Vaabina_vallavalitsus, lk 133
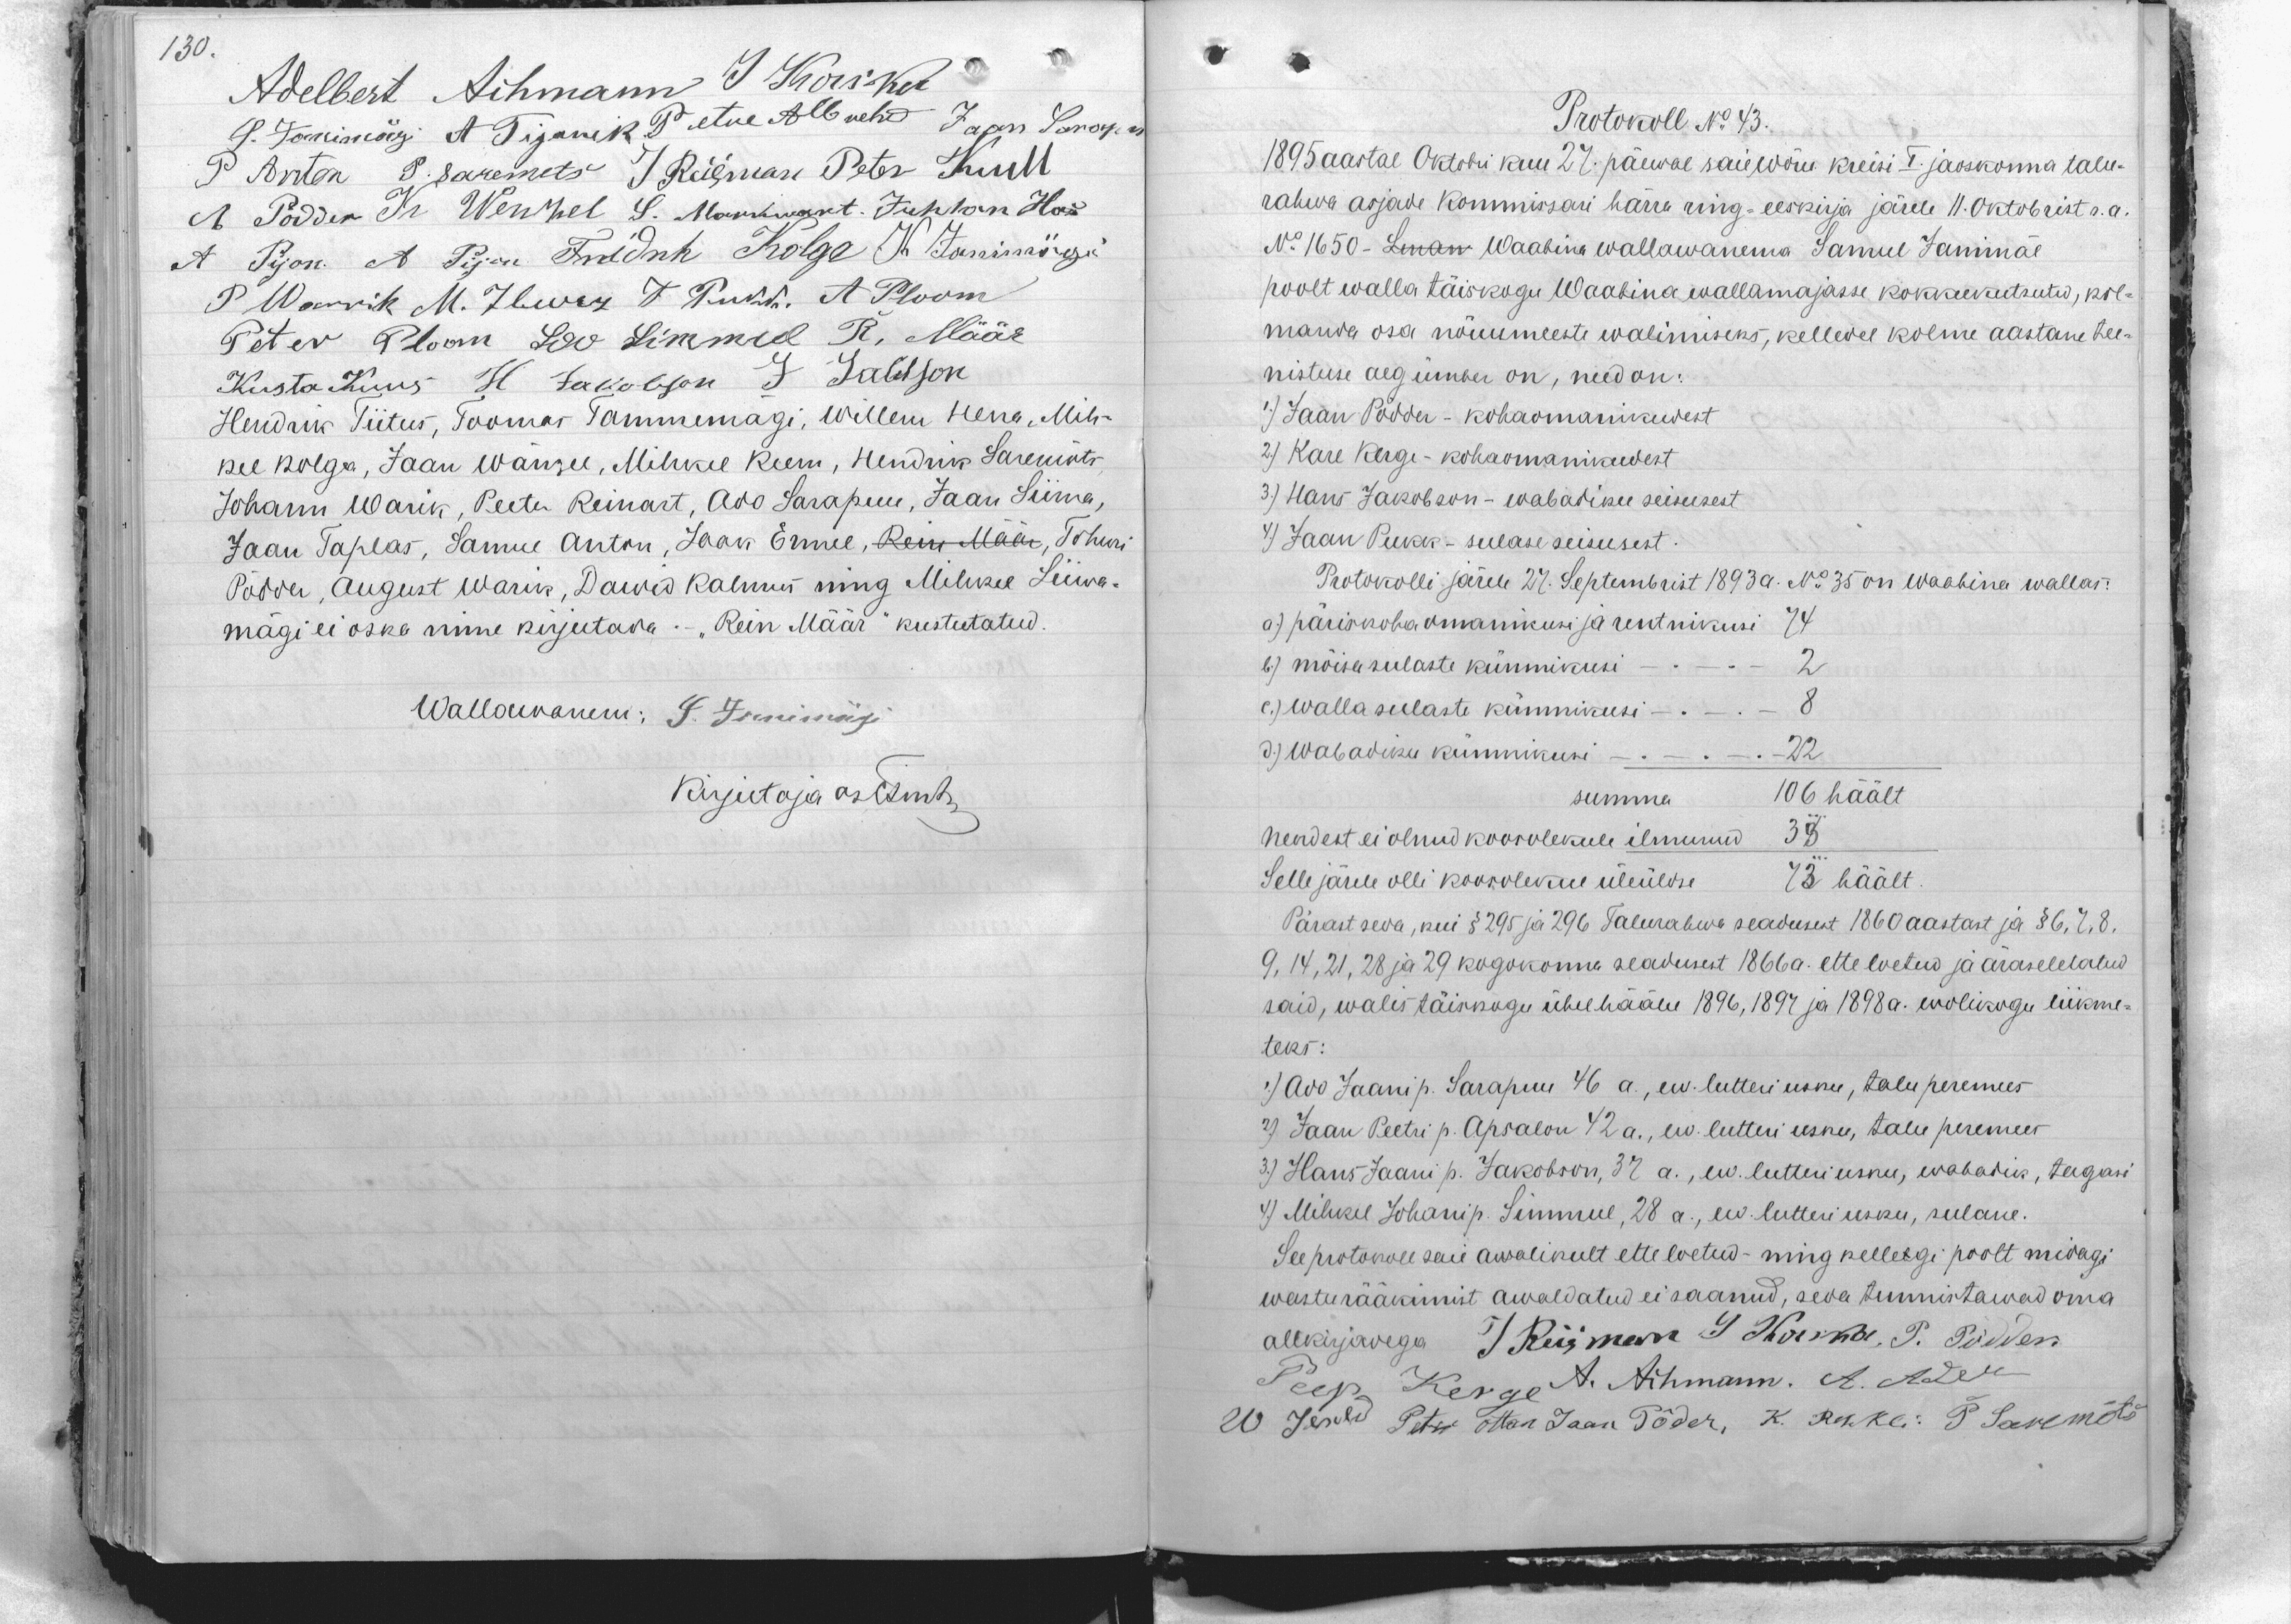
130.

Adelbert Aihmann J Korskot
S. Tonnismägi A Tiganik Petre Albreht Jaan Sarapu
P Anton P. Saremets J. Riigman Peter Kull
A Põdder M Wendel S. Markwart. Juhhan How
A Pijon. A Pijon Friedrik Kolga K Janimägi
P Warrik M. Ilwez T. Pukk, A Ploom
Peter Ploom Loo Simmul R. Määr
Kusta Kuus H. Jakobson J. Jalkson
Hendrik Tiitus, Toomas Tammemägi, Willem Hena, Mih-
kel kolga, Jaan Wansel, Mihkel Keem, Hendrik Saremõts,
Johann Warik, Peetu Reinart, Ado Sarapuu, Jaan Siima,
Jaan Taplas, Samuel Anton, Jaak Ermel, Rein Määr, Tohur
Põdder, August Warik, Dawid kalmus ning Mihkel Liiwa-
mägi ei oska nime kirjutada - "Rein Määr" kustutatud.
Wallawanem: S. Janimägi
kirjutaja asemik

Protokoll No 43.
1895 aastal Oktobri kuu 27. päewal saie Wõru kreisi I. jaoskonna talu-
rahwa asjade Kommissari härra ning - eeskirja järele 11. Oktobrist s.a.
No. 1650 - Lman Waabina wallawanema Samuel Janimäe
poolt walla täiskogu Waabina wallamajasse kokkukutsutud, kol-
manda osa nõuumeeste walimiseks, kelledel kolme aastane tee-
nistuse aeg ümber on, need on:
1) Jaan Pödder - kohaomanikudest.
2) Kare Kerge- kohaomanikudest
3) Hans Jakobson - wabadiku seisusest
4) Jaan Pukk - sulase seisusest.
Protokolli järele 27. Septembrist 1893 a. No 35 on Waabina wallas:
a) päriskoha omanikusi ja rentnikusi 74
b) mõisa sulaste kümnikusi - . - . - 2
c) Walla sulaste kümnikusi - . - . - 8
3) Wabadiku kümnikusi - . - . - 22
summa 106 häält
Nendest ei olnud koosolekule ilmunud
35
Selle järele olli koosolekuu üleüldse 73 häält
Pärast seda, kui § 295 ja 296 Talurahwa seadusest 1860 aastast ja § 6, 7, 8.
9, 14, 21, 28 ja 29 kogokonna seadusest 1866 a. ette loetud ja äraseletatud
said, walis täiskogu ühel hääle 1896, 1897 ja 1898 a. wolikogu liikme-
teks:
1) Ado Jaani p. Sarapuu 46 a., ew. luteri usku, talu peremees
7) Jaan Peetri p. Apsalon 42 a., ew. luteri usku, talu peremees
3) Hans Jaani p. Jakobson, 37 a., ew. lutteri usku, wabadik, tagasi
4) Mihkel Johanni p. Simmul, 28 a., ew. luteri usku, sulane.
See protokoll sai awalikult ette loetud - ning kellegi poolt midagi
wasturääkimist awaldatud ei saanud, seda tunnistawad oma
allkirjadega J Riikmann J Karma, P. Põdder
Peep Kerge A. Aihmann. A. Ader
W Jened Peter Ottan Jaan Põder, K. Rehkle P. Saremõts